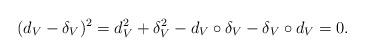
LaTeX: \begin{align*}(d_V-\delta_V)^2 = d_V^2+\delta_V^2 - d_V\circ\delta_V - \delta_V\circ d_V = 0.\end{align*}